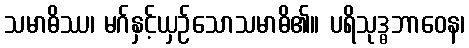
သမာဓိဿ၊ မဂ်နှင့်ယှဉ်သောသမာဓိ၏။ ပရိသုဒ္ဓဘာဝေန၊